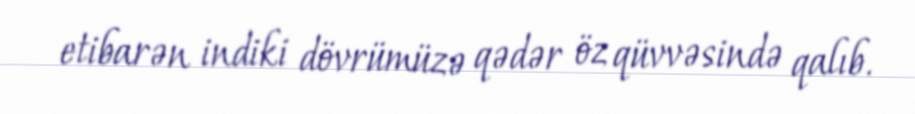
etibarən indiki dövrümüzə qədər öz qüvvəsində qalıb.